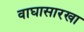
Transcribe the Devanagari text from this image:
वाघासारखा